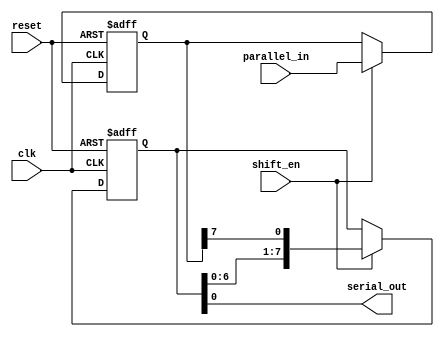
module piso_shift_register (
    input wire clk, // Clock signal
    input wire reset, // Reset signal
    input wire shift_en, // Shift enable signal
    input wire [7:0] parallel_in, // Parallel input data (8 bits)
    output wire serial_out // Serial output data
);

reg [7:0] data_reg; // Data register
reg [7:0] shift_reg; // Shift register

always @(posedge clk or posedge reset) begin
    if (reset) begin
        data_reg <= 8'b0; // Reset the data register
        shift_reg <= 8'b0; // Reset the shift register
    end else begin
        if (shift_en) begin
            data_reg <= parallel_in; // Load parallel input data into data register
            shift_reg <= {shift_reg[6:0], data_reg[7]}; // Shift data bit by bit in the shift register
        end
    end
end

assign serial_out = shift_reg[0]; // Output the first bit of the shift register

endmodule